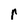
Character: r